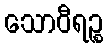
သောဝီရဉ္စ